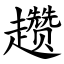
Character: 趱